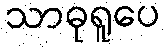
သာဓုရူပေ